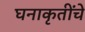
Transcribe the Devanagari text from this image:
घनाकृतींचे